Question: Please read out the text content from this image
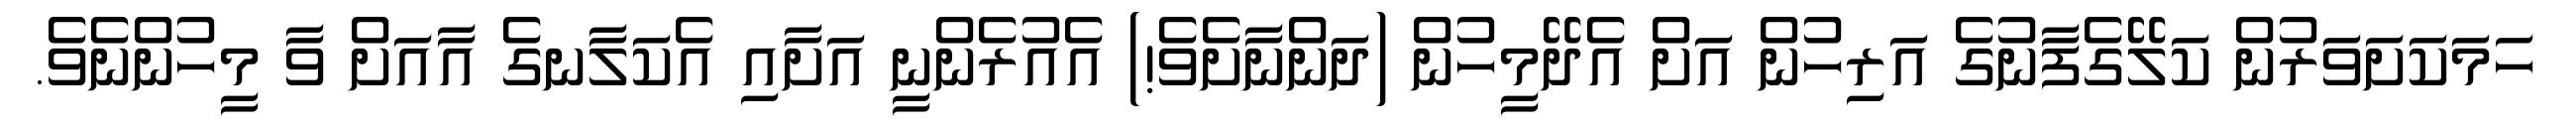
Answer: ހަމަކަށަވަރުން ކަލޭގެފާނުގެ އަރިހުން އަށް އެދޭމީހުން (ދަންނާށެވެ!) އެއުރެންނީ އަށާއި އެކަލާނގެ އާއަށް ވާ މީހުންނެވެ.